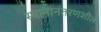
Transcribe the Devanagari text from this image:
स्थानानंतरणशील